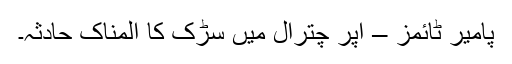
پامیر ٹائمز – اپر چترال میں سڑک کا المناک حادثہ۔